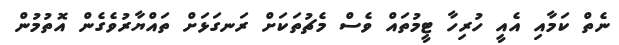
ނެތް ކަމާއި އެއީ ހުރިހާ ޓީމުތައް ވެސް މެޗުތަކަށް ރަނގަޅަށް ތައްޔާރުވެގެން އޮތުމުން